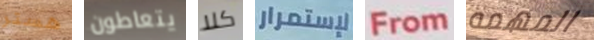
هستر يتعاطون كلا لإستمرار From المهمه